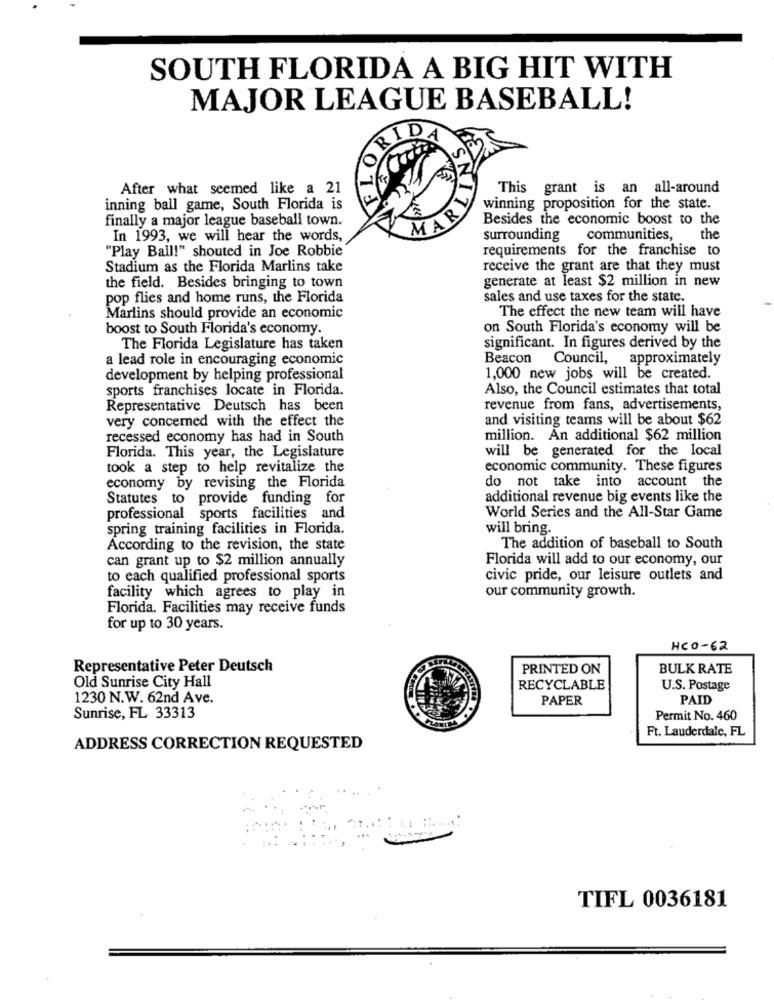
SOUTH FLORIDA A BIG HIT WITH
MAJOR LEAGUE BASEBALL!
After what seemed like a 21
This
grant is an all-around
inning ball game, South Florida is
winning proposition for the state.
finally a major league baseball town.
MAR
Besides the economic boost to the
In 1993, we will hear the words,
surrounding communities,
the
"Play Ball!" shouted in Joe Robbie
requirements for the franchise to
Stadium as the Florida Marlins take
receive the grant are that they must
generate at least $2 million in new
the field. Besides bringing to town
pop flies and home runs, the Florida
sales and use taxes for the state.
The effect the new team will have
Marlins should provide an economic
boost to South Florida's economy.
on South Florida's economy will be
The Florida Legislature has taken
significant. In figures derived by the
a lead role in encouraging economic
Beacon
Council, approximately
development by helping professional
1,000 new jobs will be created.
sports franchises locate in Florida.
Also, the Council estimates that total
Representative Deutsch has been
revenue from fans, advertisements,
very concerned with the effect the
and visiting teams will be about $62
recessed economy has had in South
million. An additional $62 million
will be generated for the local
Florida. This year, the Legislature
took a step to help revitalize the
economic community. These figures
do not take into account the
economy by revising the Florida
Statutes to provide funding for
additional revenue big events like the
professional sports facilities and
World Series and the All-Star Game
spring training facilities in Florida.
will bring.
According to the revision, the state
The addition of baseball to South
can grant up to $2 million annually
Florida will add to our economy, our
to each qualified professional sports
civic pride, our leisure outlets and
our community growth.
facility which agrees to play in
Florida. Facilities may receive funds
for up to 30 years.
HCO-62
Representative Peter Deutsch
PRINTED ON
BULK RATE
Old Sunrise City Hall
RECYCLABLE
U.S. Postage
1230 N.W. 62nd Ave.
PAPER
PAID
Sunrise, FL 33313
Permit No. 460
Ft. Lauderdale, FL
ADDRESS CORRECTION REQUESTED
TIFL 0036181